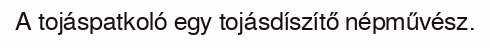
A tojáspatkoló egy tojásdíszítő népművész.